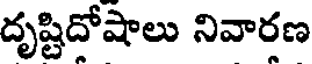
దృష్టిదోషాలు నివారణ